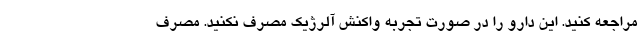
مراجعه کنید. این دارو را در صورت تجربه واکنش آلرژیک مصرف نکنید. مصرف